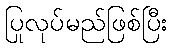
ပြုလုပ်မည်ဖြစ်ပြီး